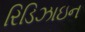
રિડિઝાઇન